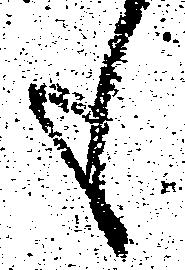
も